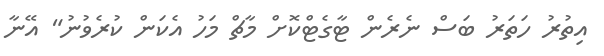
އިތުރު ހަތަރު ބަސް ނެރެން ޓާގެޓްކޮށް މާޗް މަހު އެކަން ކުރެވުނު" އޭނާ